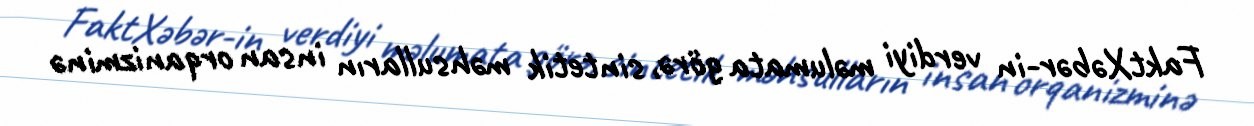
FaktXəbər-in verdiyi məlumata görə, sintetik məhsulların insan orqanizminə